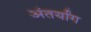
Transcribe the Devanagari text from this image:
अंतर्यांग